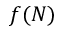
f ( N )